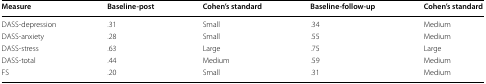
| Measure | Baseline-post | Cohen’s standard | Baseline-follow-up | Cohen’s standard |
 | --- | --- | --- | --- | --- |
 | DASS-depression | .31 | Small | .34 | Medium |
 | DASS-anxiety | .28 | Small | .55 | Medium |
 | DASS-stress | .63 | Large | .75 | Large |
 | DASS-total | .44 | Medium | .59 | Medium |
 | FS | .20 | Small | .31 | Medium |